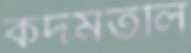
কদমতলি